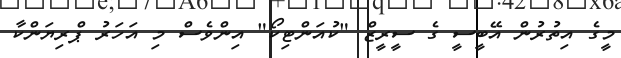
މީގެ އިތުރުން އޭބީސީ ގެ ސީރީޒް "ކުއަންޓިކޯ" އިންވެސް މި އަހަރު ޕްރިޔަންކާ